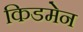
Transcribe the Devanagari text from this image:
किडमेन